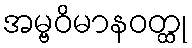
အမ္ဗဝိမာနဝတ္ထု